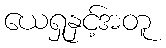
ယေရှုနှင့်အတူ